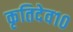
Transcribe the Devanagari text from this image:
कृतिदेव१०